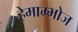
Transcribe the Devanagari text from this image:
हेमाम्भोज